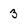
Character: 3